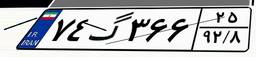
۷۴گ۳۶۶۲۵